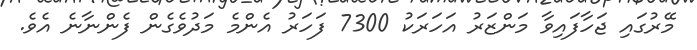
މޭރުގައި ޖަހާފައިވާ މަންޒަރު އަހަރަކު 7300 ފަހަރު އެންމެ މަދުވެގެން ފެންނާނެ އެވެ.